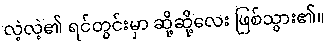
လဲ့လဲ့၏ ရင်တွင်းမှာ ဆို့ဆို့လေး ဖြစ်သွား၏။